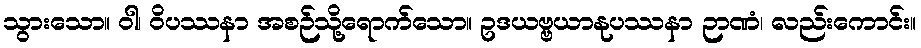
သွားသော။ ဝါ၊ ဝိပဿနာ အစဉ်သို့ရောက်သော။ ဥဒယဗ္ဗယာနုပဿနာ ဉာဏံ၊ လည်းကောင်း။